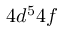
4 d ^ { 5 } 4 f